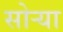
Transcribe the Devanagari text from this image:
सोर्‍या